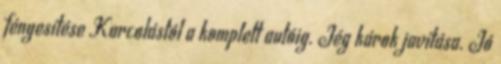
fényesítése Karcolástól a komplett autóig. Jég károk javítása. Jó